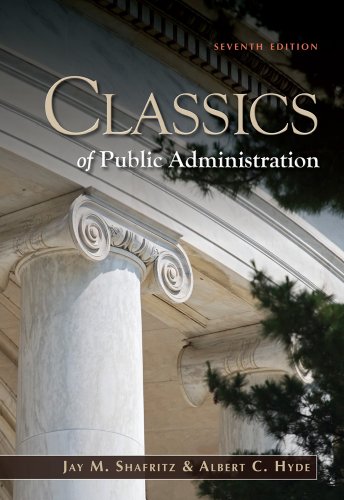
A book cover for Classics of Public Administration; Jay M. Shafritz; Politics & Social Sciences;